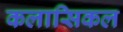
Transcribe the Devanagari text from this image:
कलासिकल